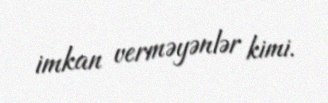
imkan verməyənlər kimi.